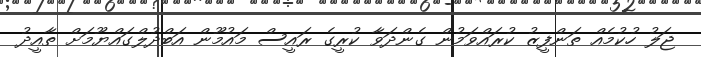
ޖަލު ހުކުމެއް ތަންފީޒު ކުރައްވަމުން ގެންދަވާ ކުރީގެ ރައީސް މައުމޫން އަބްދުލްގައްޔޫމަށް ތާއީދު